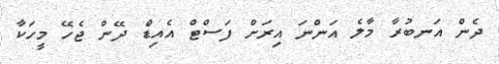
ދެން އަނބުރާ މާލެ އަންނަ އިރަށް ފަސްޓް އެއިޑް ދޭން ޖެހޭ މީހަކާ